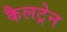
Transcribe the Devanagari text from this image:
कैलट्रेन